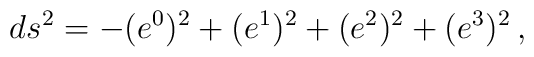
ds^2=-(e^0)^2+(e^1)^2+(e^2)^2+(e^3)^2\, ,